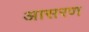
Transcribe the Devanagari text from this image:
आसरण